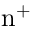
\mathrm { n ^ { + } }